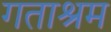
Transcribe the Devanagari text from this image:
गताश्रम